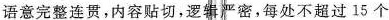
语意完整连贯，内容贴切，逻严密，每处不超过15个